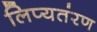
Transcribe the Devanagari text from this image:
लिप्यतंरण